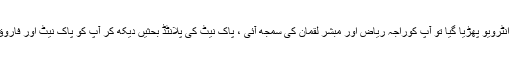
راجہ ریاض بحریہ ٹاؤن والے کا پلانٹڈ انٹرویو پھڑیا گیا تو آپ کوراجہ ریاض اور مبشر لقمان کی سمجھ آئی ، پاک نیٹ کی پلانٹڈ بحثیں دیکھ کر آپ کو پاک نیٹ اور فاروق سرور خان کی حقیقت پتا نہیں لگتی ؟